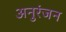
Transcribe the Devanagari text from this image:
अनुरंजन